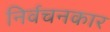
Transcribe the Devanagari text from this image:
निर्वचनकार